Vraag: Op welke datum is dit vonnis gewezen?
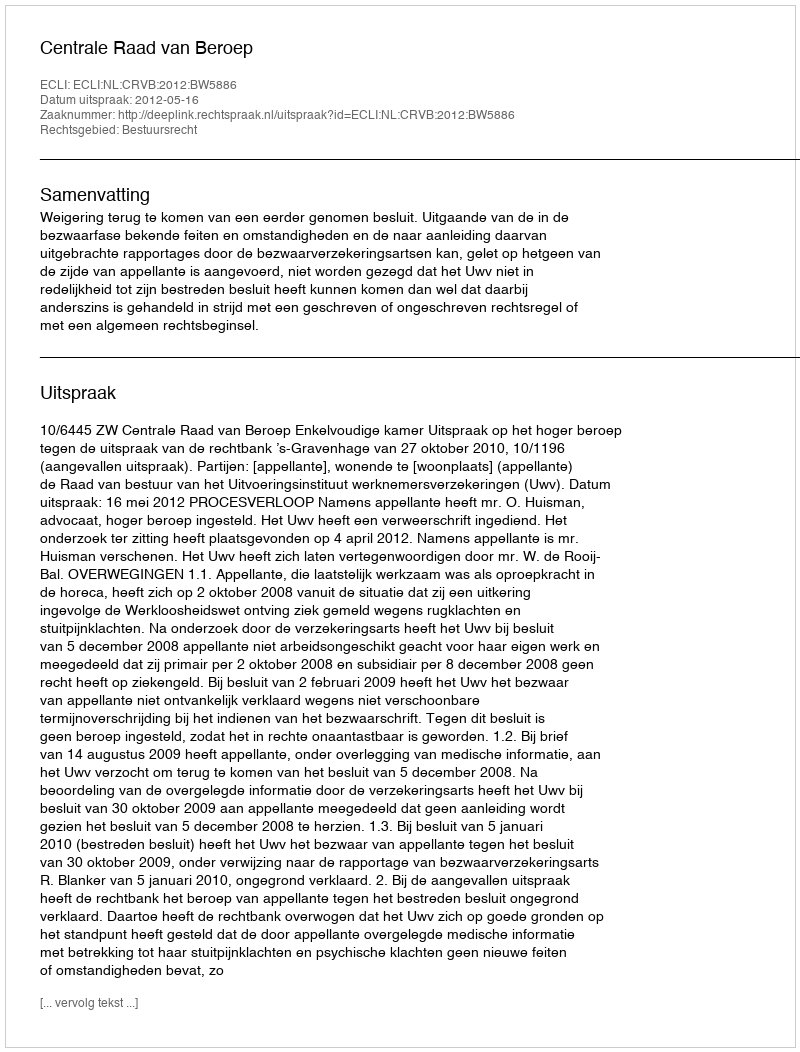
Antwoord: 2012-05-16